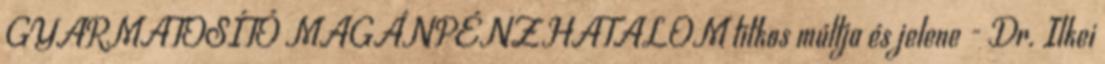
GYARMATOSÍTÓ MAGÁNPÉNZHATALOM titkos múltja és jelene - Dr. Ilkei